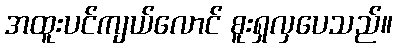
အထူးပင်ကျယ်လောင် စူးရှလှပေသည်။